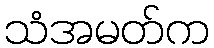
သံအမတ်က